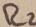
Text: R2